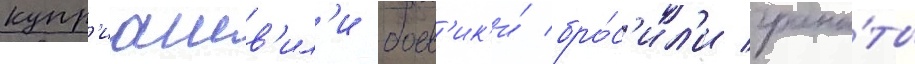
купр'иашв'ил'и боев'ик'и́ бро́с'ил'и грана́ты